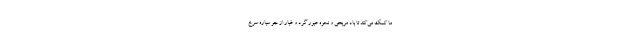
ما کمک می‌کند تا باد مریخی و نحوه عبور گرد و غبار از جو سیاره سرخ